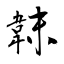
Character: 韎